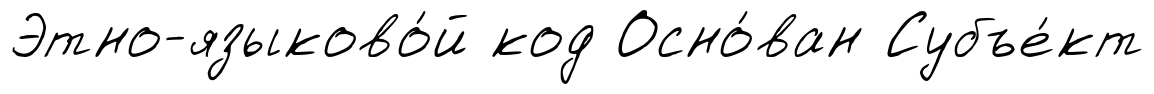
Этно-языково́й код Осно́ван Субъе́кт